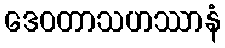
ဒေဝတာသဟဿာနံ